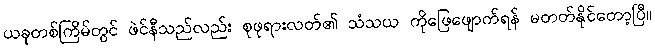
ယခုတစ်ကြိမ်တွင် ဖဲင်နီသည်လည်း စုဖုရားလတ်၏ သံသယ ကိုဖြေဖျောက်ရန် မတတ်နိုင်တော့ပြီ။